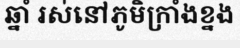
ឆ្នាំ រស់នៅភូមិក្រាំងខ្នង